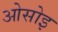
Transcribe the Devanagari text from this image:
ओसोइ